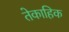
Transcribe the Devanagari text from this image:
तेकाहिक